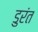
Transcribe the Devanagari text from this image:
डुरंत